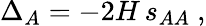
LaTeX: \Delta_{A}=-2H\, s_{AA}~,